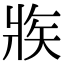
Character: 𤕼